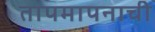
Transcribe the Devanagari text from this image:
तापमापनाची